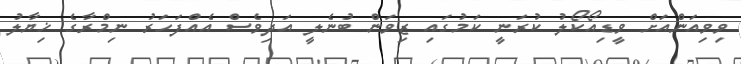
ވިވިއަންއަށް ވީޑިއޯކޯލު ކުރަނީ ކަމުގައި ޒިވަން ބުނެލީ އަދިވެސް އެއްފަހަރު ނިމްރާގެ ޚިޔާލު